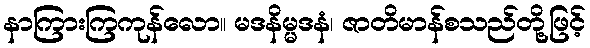
နာကြားကြကုန်လော။ မဒနိမ္မဒနံ၊ ဇာတိမာန်စသည်တို့ဖြင့်